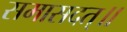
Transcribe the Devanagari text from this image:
समासदत्॥